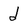
Character: d